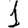
Digit: 1